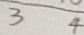
3 4